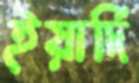
ইয়ার্দি